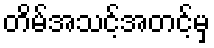
တိမ်အသင့်အတင့်မှ